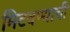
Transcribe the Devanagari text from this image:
मिटवण्याची